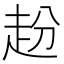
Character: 𧺮